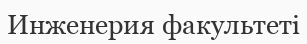
Инженерия факультеті